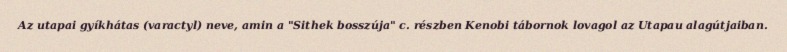
Az utapai gyíkhátas (varactyl) neve, amin a "Sithek bosszúja" c. részben Kenobi tábornok lovagol az Utapau alagútjaiban.